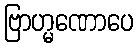
ဗြာဟ္မဏောပေ